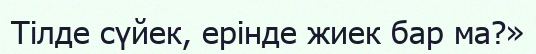
Тілде сүйек, ерінде жиек бар ма?»